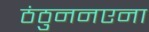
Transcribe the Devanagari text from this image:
ठंठुननएना